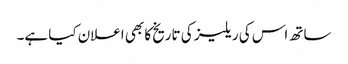
ساتھ اس کی ریلیز کی تاریخ کا بھی اعلان کیا ہے۔